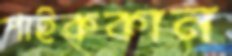
পাইককান